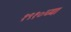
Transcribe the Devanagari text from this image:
१९१०च्या